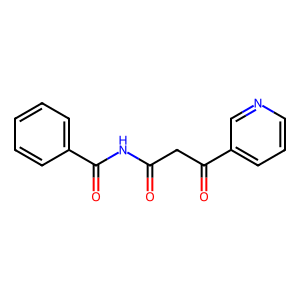
SMILES: O=C(CC(=O)c1cccnc1)NC(=O)c1ccccc1
Inhibits HIV replication: No